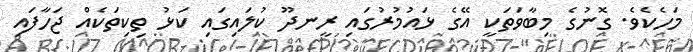
މަހެކެވެ. ގޮނުގެ މިބާވަތަކީ އޭގެ ޅައުމުރުގައި ރީނދޫ ކުލައިގައި ކަޅު ތިކިތަކެއް ޖަހާފައި